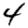
Digit: 4